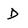
Character: D